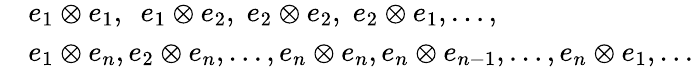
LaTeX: {\begin{array}{rl}&{e_{1}\otimes e_{1},\ \ e_{1}\otimes e_{2},\; e_{2}\otimes e_{2},\; e_{2}\otimes e_{1},\ldots,}\\ &{e_{1}\otimes e_{n},e_{2}\otimes e_{n},\ldots,e_{n}\otimes e_{n},e_{n}\otimes e_{n-1},\ldots,e_{n}\otimes e_{1},\ldots}\end{array}}